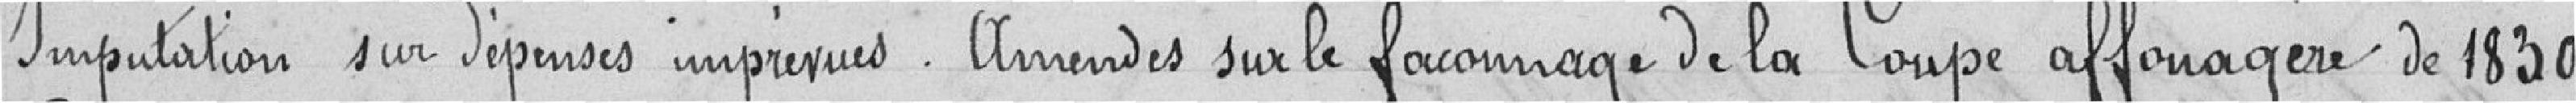
Imputation sur dépenses imprévues . Amendes sur le façonnage de la Coupe affouagère de 1839